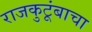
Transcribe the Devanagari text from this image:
राजकुटूंबाचा